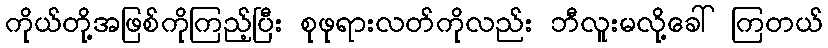
ကိုယ်တို့အဖြစ်ကိုကြည့်ပြီး စုဖုရားလတ်ကိုလည်း ဘီလူးမလို့ခေါ် ကြတယ်